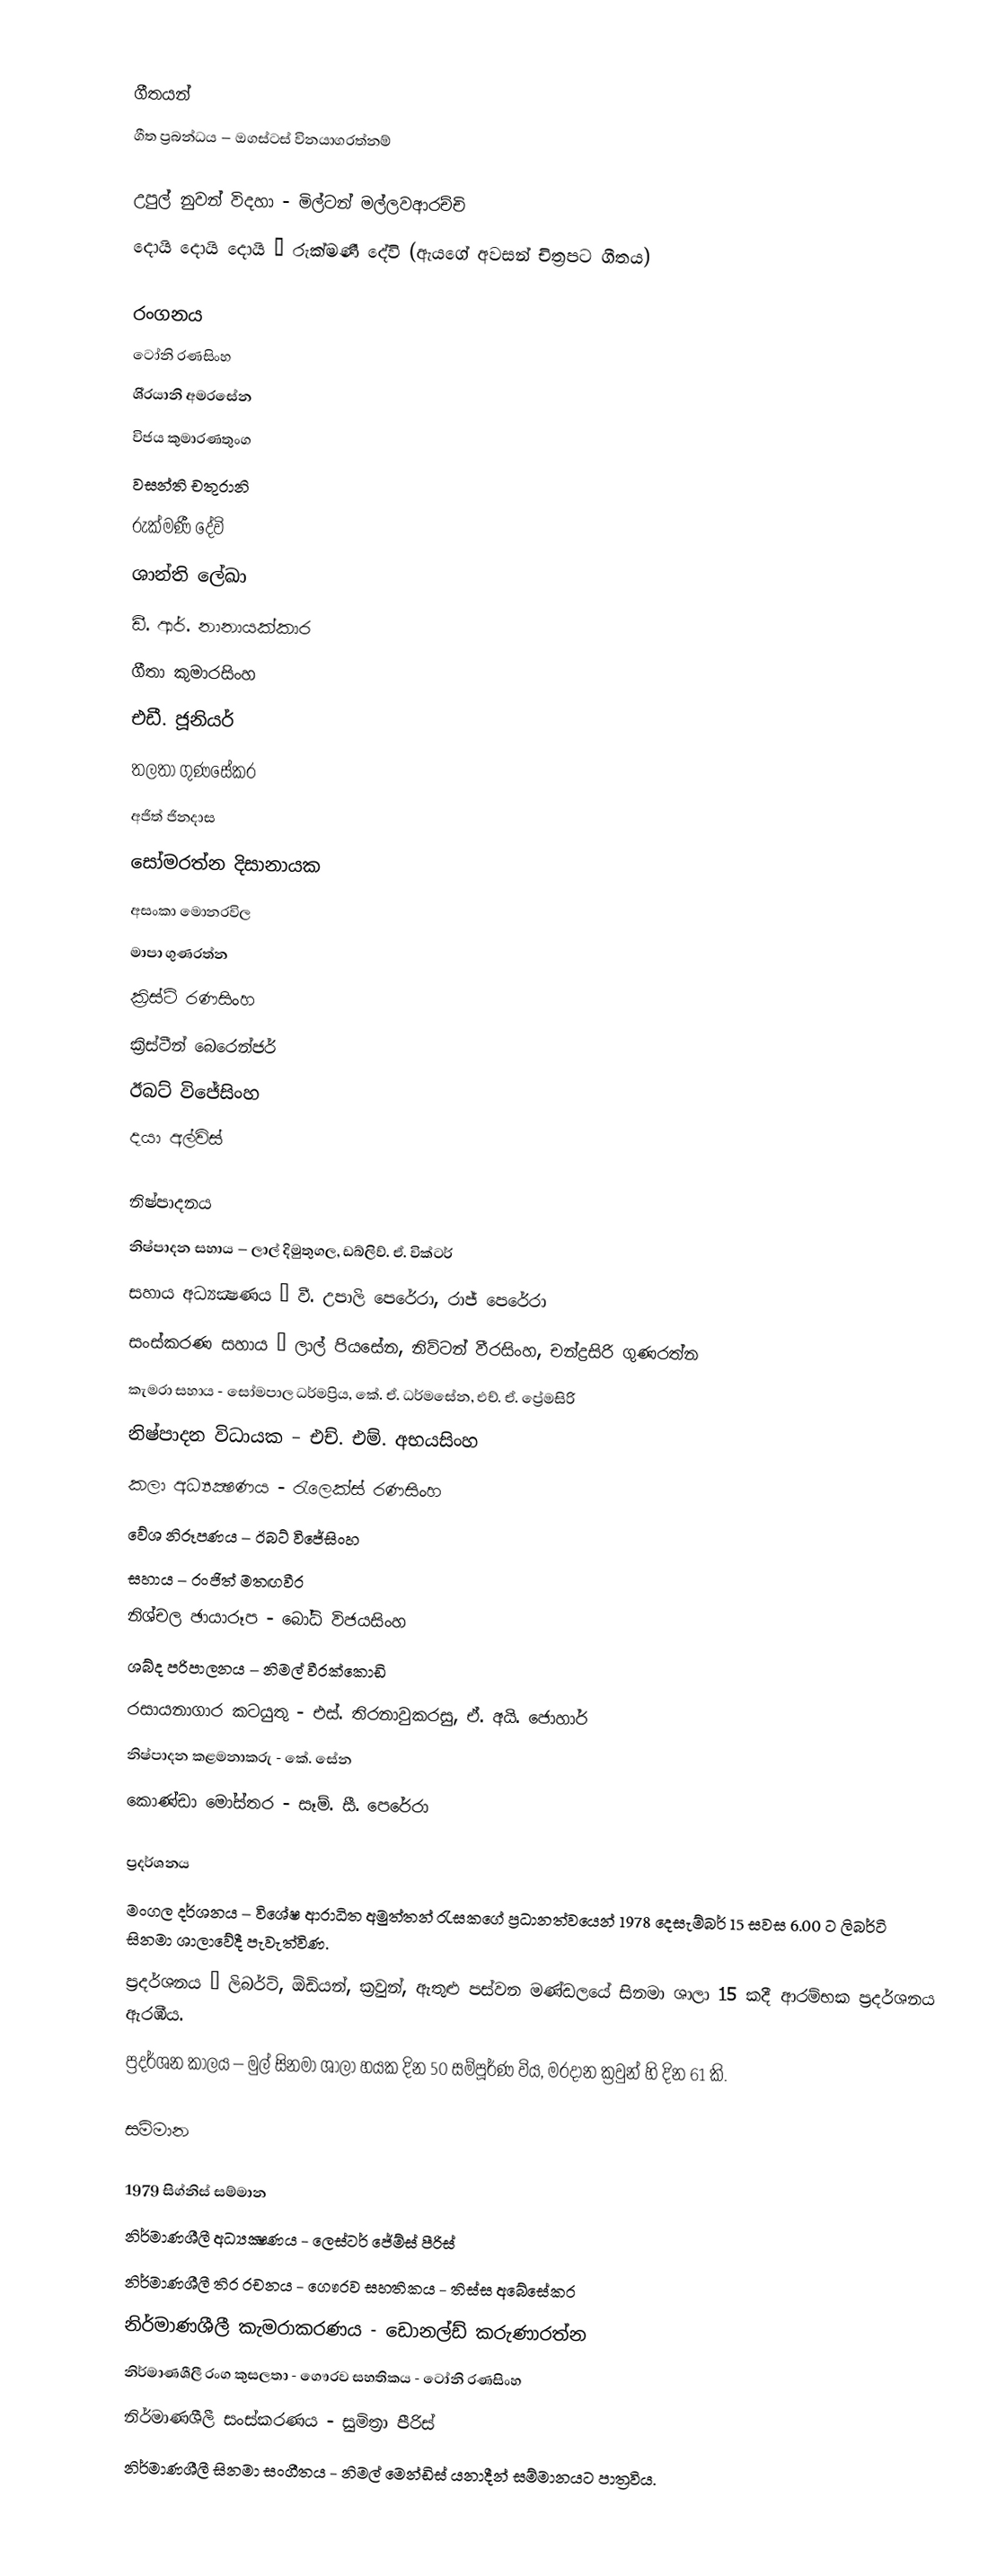

ගීතයන්
ගීත ප්‍රබන්ධය – ඔගස්ටස් විනයාගරත්නම්

උපුල් නුවන් විදහා - මිල්ටන් මල්ලවආරච්චි
දොයි දොයි දොයි – රුක්මණී දේවි (ඇයගේ අවසන් චිත්‍රපට ගීතය)

රංගනය
ටෝනි රණසිංහ
ශි‍්‍රයානි අමරසේන
විජය කුමාරණතුංග
වසන්ති චතුරානි
රුක්මණී දේවි
ශාන්ති ලේඛා
ඩී. ආර්. නානායක්කාර
ගීතා කුමාරසිංහ
එඩී. ජූනියර්
තලතා ගුණසේකර
අජිත් ජිනදාස
සෝමරත්න දිසානායක
අසංකා මොනරවිල
මාපා ගුණරත්න
ක්‍රිස්ටි රණසිංහ
ක්‍රිස්ටීන් බෙරෙන්ජර්
ඊබට් විජේසිංහ
දයා අල්විස්

නිෂ්පාදනය
නිෂ්පාදන සහාය – ලාල් දිමුතුගල, ඩබ්ලිව්. ඒ. වික්ටර්
සහාය අධ්‍යක්‍ෂණය – වී. උපාලි පෙරේරා, රාජ් පෙරේරා
සංස්කරණ සහාය – ලාල් පියසේන, නිව්ටන් වීරසිංහ, චන්ද්‍රසිරි ගුණරත්න
කැමරා සහාය - සෝමපාල ධර්මප්‍රිය, කේ. ඒ. ධර්මසේන, එච්. ඒ. ප්‍රේමසිරි
නිෂ්පාදන විධායක – එච්. එම්. අභයසිංහ
කලා අධ්‍යක්‍ෂණය - රැලෙක්ස් රණසිංහ
වේශ නිරූපණය – ඊබට් විජේසිංහ
සහාය – රංජිත් මතඟවීර
නිශ්චල ඡායාරූප - බෝධි විජයසිංහ
ශබ්ද පරිපාලනය – නිමල් වීරක්කොඩි
රසායනාගාර කටයුතු - එස්. තිරනාවුකරසු, ඒ. අයි. ජොහාර්
නිෂ්පාදන කළමනාකරු - කේ. සේන
කොණ්ඩා මෝස්තර - සෑම්. සී. පෙරේරා

ප්‍රදර්ශනය
මංගල දර්ශනය – විශේෂ ආරාධිත අමුත්තන් රැසකගේ ප්‍රධානත්වයෙන් 1978 දෙසැම්බර් 15 සවස 6.00 ට ලිබර්ටි සිනමා ශාලාවේදී පැවැත්විණ.
ප්‍රදර්ශනය – ලිබර්ටි, ඕඩියන්, ක්‍රවුන්, ඇතුළු පස්වන මණ්ඩලයේ සිනමා ශාලා 15 කදී ආරම්භක ප්‍රදර්ශනය ඇරඹීය.
ප්‍රදර්ශන කාලය – මුල් සිනමා ශාලා හයක දින 50 සම්පූර්ණ විය, මරදාන ක්‍රවුන් හි දින 61 කි.

සම්මාන

1979 සිග්නිස් සම්මාන
නිර්මාණශීලී අධ්‍යක්‍ෂණය - ලෙස්ටර් ජේම්ස් පීරිස්
නිර්මාණශීලී තිර රචනය - ගෞරව සහතිකය - තිස්ස අබේසේකර
නිර්මාණශීලී කැමරාකරණය - ඩොනල්ඩ් කරුණාරත්න
නිර්මාණශීලී රංග කුසලතා - ගෞරව සහතිකය - ටෝනි රණසිංහ
නිර්මාණශීලී සංස්කරණය - සුමිත්‍රා පීරිස්
නිර්මාණශීලී සිනමා සංගීතය - නිමල් මෙන්ඩිස් යනාදීන් සම්මානයට පාත්‍රවිය.